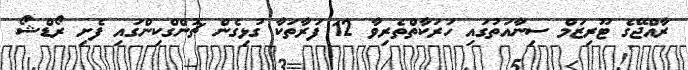
ރާއްޖޭގެ ޓޫރިޒަމް ސިނާއަތުގައި ހަރަކާތްތެރިވާ 12 ފަރާތަކާ ގުޅިގެން ޗޮންގްކިންގައި ފެށި ރޯޑްޝޯ